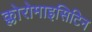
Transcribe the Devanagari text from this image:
क्लोरोमाइसिटिन